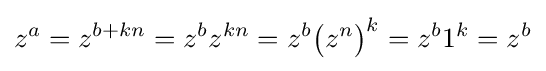
z^{a}=z^{b+kn}=z^{b}z^{kn}=z^{b}{\bigl (}z^{n}{\bigr )}^{k}=z^{b}1^{k}=z^{b}